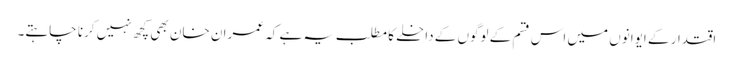
اقتدار کے ایوانوں میں اس قسم کے لوگوں کے داخلے کا مطلب یہ ہے کہ عمران خان بھی کچھ نہیں کرنا چاہتے۔